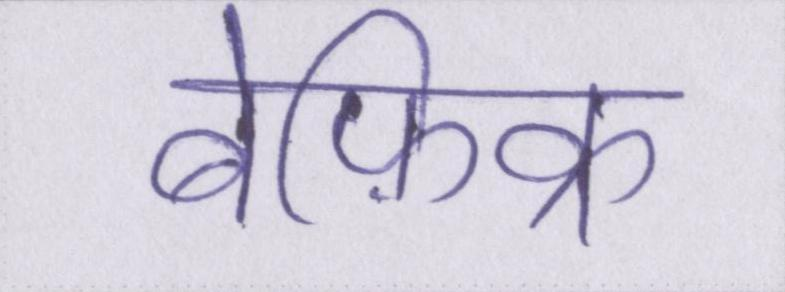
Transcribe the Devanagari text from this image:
बेफ़िक्र